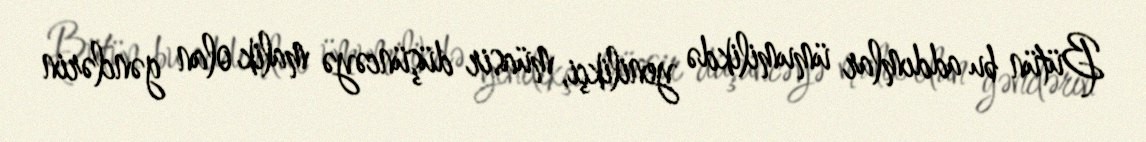
Bütün bu addımlar ümumilikdə yenilikçi, müasir düşüncəyə malik olan gənclərin